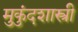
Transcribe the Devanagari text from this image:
मुुकुंदशास्त्री